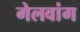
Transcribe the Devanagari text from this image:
गेलवांग